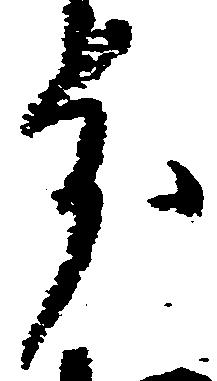
分